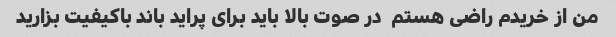
من از خریدم راضی هستم  در صوت بالا باید برای پراید باند باکیفیت بزارید